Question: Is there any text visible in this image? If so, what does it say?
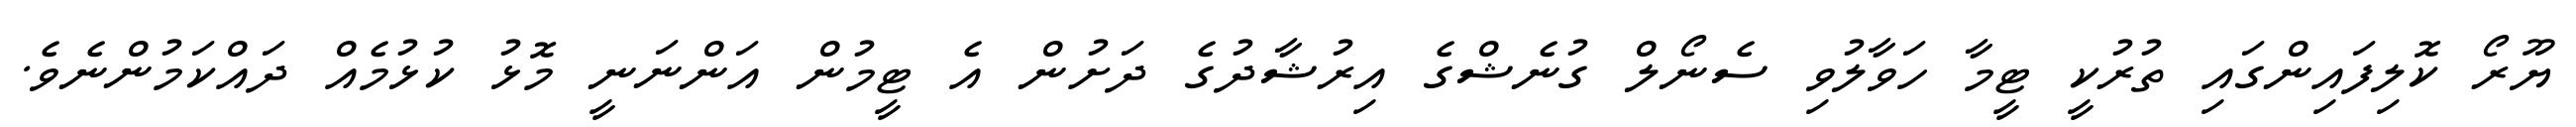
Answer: ޔޫރޯ ކޮލިފައިންގައި ތުރުކީ ޓީމާ ހަވާލުވި ސެނޯލް ގުނެޝްގެ އިރުޝާދުގެ ދަށުން އެ ޓީމުން އަންނަނީ މޮޅު ކުޅުމެއް ދައްކަމުންނެވެ.